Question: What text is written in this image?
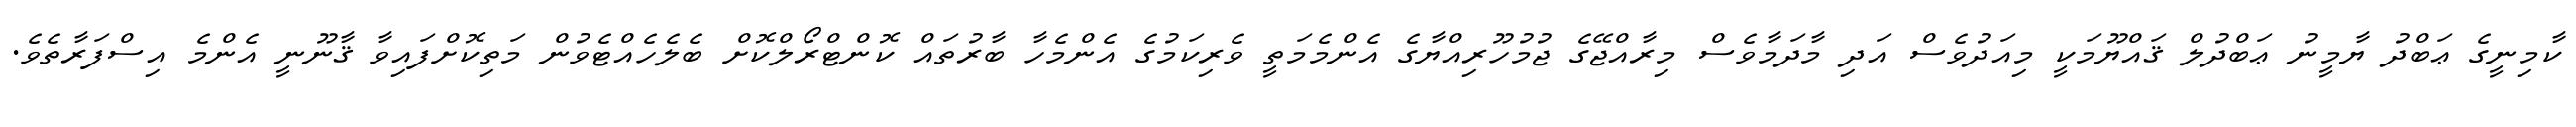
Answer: ކާމިނީގެ ޢަބްދު ޔާމީނު ޢަބްދުލް ޤައްޔޫމަކީ މިއަދުވެސް އަދި މާދަމާވެސް މިރާއްޖޭގެ ޖުމުހޫރިއްޔާގެ އެންމެމަތީ ވެރިކަމުގެ އެންމެހާ ބާރުތައް ކޮންޓްރޯލްކޮށް ބެލެހެއްޓެވުން މަތިކޮށްފައިވާ ޤާނޫނީ އެންމެ އިސްފަރާތެވެ.